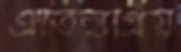
ঐতিহ্যপ্রিয়